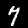
Digit: 7